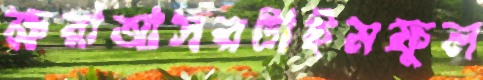
ক্ষরাআসরটাইমফুল